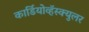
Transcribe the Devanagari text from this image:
कार्डियोव्हॅस्क्युलर